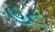
હટ